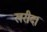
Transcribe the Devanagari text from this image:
खरीद।